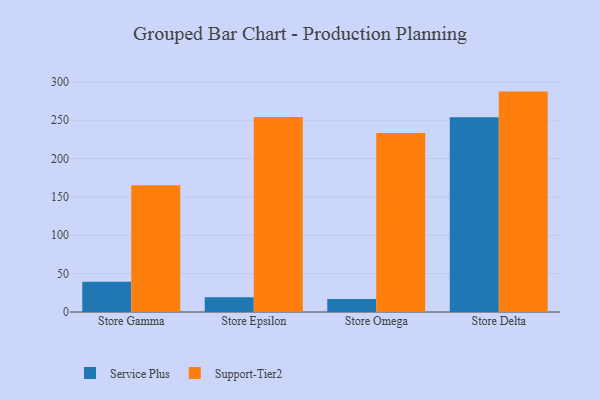
{"axis": {"x": "Store", "y": "Waste Production (Tons)"}, "legend": ["Service Plus", "Support-Tier2"], "data": [{"x": "Store Gamma", "y": 39.4, "type": "Service Plus"}, {"x": "Store Gamma", "y": 165.2, "type": "Support-Tier2"}, {"x": "Store Epsilon", "y": 19.3, "type": "Service Plus"}, {"x": "Store Epsilon", "y": 254.3, "type": "Support-Tier2"}, {"x": "Store Omega", "y": 17.1, "type": "Service Plus"}, {"x": "Store Omega", "y": 233.4, "type": "Support-Tier2"}, {"x": "Store Delta", "y": 253.8, "type": "Service Plus"}, {"x": "Store Delta", "y": 287.3, "type": "Support-Tier2"}]}